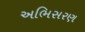
અભિસરણ